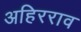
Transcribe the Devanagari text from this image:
अहिरराव